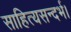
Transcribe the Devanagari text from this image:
साहित्यसन्दर्भ।